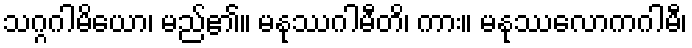
သဂ္ဂဂါမိယော၊ မည်၏။ မနုဿဂါမီတိ၊ ကား။ မနုဿလောကဂါမီ၊